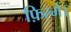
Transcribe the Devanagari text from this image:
फ़िल्में।